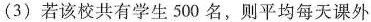
(3)若该校共有学生500名，则平均每天课外